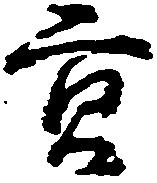
貢